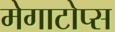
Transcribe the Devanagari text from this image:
मेगाटोप्स